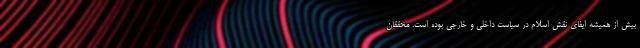
بیش از همیشه ایفای نقش اسلام در سیاست داخلی و خارجی بوده است. محققان